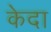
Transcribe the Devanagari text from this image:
केदा